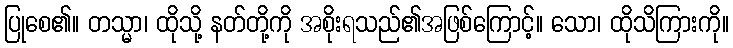
ပြုစေ၏။ တသ္မာ၊ ထိုသို့ နတ်တို့ကို အစိုးရသည်၏အဖြစ်ကြောင့်။ သော၊ ထိုသိကြားကို။